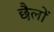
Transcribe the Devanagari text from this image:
छैलों